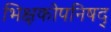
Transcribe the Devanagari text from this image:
भिक्षकोपनिषद्